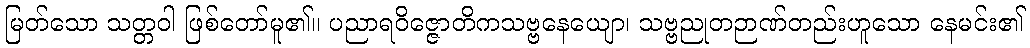
မြတ်သော သတ္တဝါ ဖြစ်တော်မူ၏။ ပညာရဝိဇ္ဇောတိကသဗ္ဗနေယျော၊ သဗ္ဗညုတဉာဏ်တည်းဟူသော နေမင်း၏